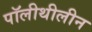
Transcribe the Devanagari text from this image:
पॉलीथीलीन